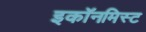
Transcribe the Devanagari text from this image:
इकॉनमिस्ट